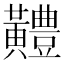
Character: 𪏨